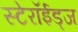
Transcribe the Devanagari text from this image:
स्टेरॉईड्ज